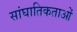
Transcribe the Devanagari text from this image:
सांघातिकताओं